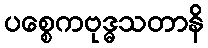
ပစ္စေကဗုဒ္ဓသတာနိ